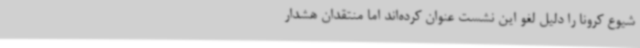
شیوع کرونا را دلیل لغو این نشست عنوان کرده‌اند اما منتقدان هشدار